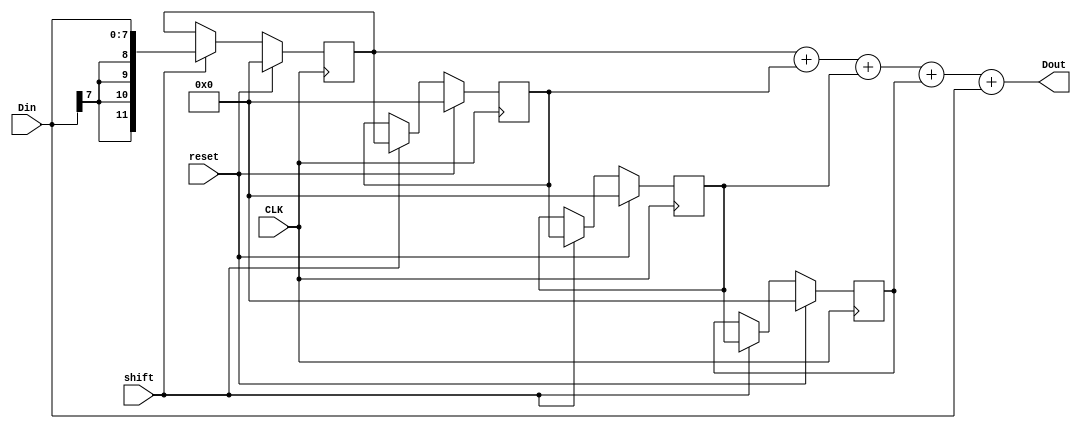
// 4109061012
module shiftReg (
    input CLK,
    input reset,
    input shift,
    input signed [7:0] Din,
    output signed [11:0] Dout
);

    reg signed [11:0] tmp [0:3];

    assign Dout = tmp[0] + tmp[1] + tmp[2] + tmp[3] + Din;

    always @(posedge CLK) begin
        if(reset) begin
            tmp[0] <= 0;
            tmp[1] <= 0;
            tmp[2] <= 0;
            tmp[3] <= 0;
        end
        else if(shift) begin
            tmp[0] <= Din;
            tmp[1] <= tmp[0];
            tmp[2] <= tmp[1];
            tmp[3] <= tmp[2];
        end
    end

endmodule